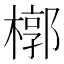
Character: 槨